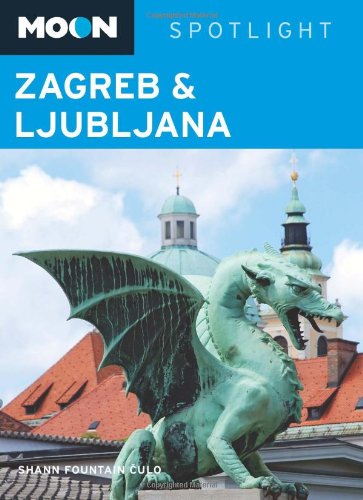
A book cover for Moon Spotlight Zagreb & Ljubljana; Shann Fountain Alipour; Travel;